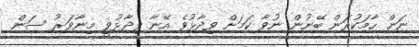
ނަން ހާމަކުރަން ބޭނުން ނުވާ ކަމަށް ވިދާޅުވެ އޭނާ ވިދާޅުވީ މިނާވަރު ސަން